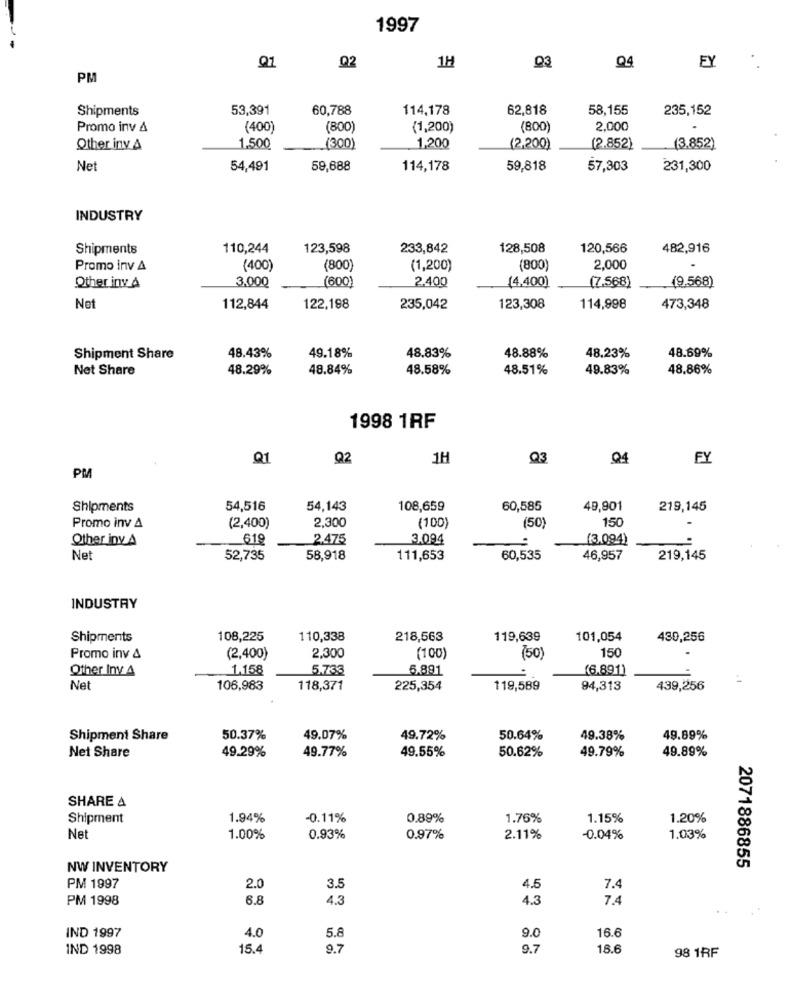
1997
.
Q1
Q2
1H
03
Q4
EY
PM
Shipments
53,391
60,788
114,178
62,818
58,155
235,152
Promo inv 4
(400)
(800)
(1,200)
(800)
2,000
Other inv &
1.500
(300)
1,200
(2,200)
(2.852)
(3.852)
Net
54,491
59,688
114,178
59,818
57,303
231,300
INDUSTRY
Shipments
110,244
123,598
233,842
128,508
120,566
482,916
Promo inv A
(400)
(800)
(1,200)
(800)
2,000
3,000
2.400
(4.400)
(7.568)
Other inv 4
(600)
(9.568)
Net
112,844
122,198
235,042
123,308
114,998
473,348
48.43%
49.18%
48.83%
48.88%
48.69%
Shipment Share
48.23%
Net Share
48.29%
48.84%
48.58%
48.51%
49.83%
48.86%
1998 1RF
Q1
Q2
1H
Q3
Q4
FY
PM
Shipments
54,516
54,143
108,659
60,585
49,901
219,145
2,300
(50)
150
-
Promo inv A
(2,400)
(100)
Other inv A
619
2.475
3.094
(3,094)
Ne
52,735
58,918
111,653
60,535
46,957
219,145
INDUSTRY
Shipments
108,225
110,338
218,563
119,639
101,054
430,256
150
Promo inv &
(2,400)
2,300
(100)
(50)
Other Inv 4
1.158
5.733
6.891
(6.891)
Net
106,983
118,371
225,354
119,589
94,313
439,256
Shipment Share
50.37%
49.07%
49.72%
50.64%
49.38%
49.89%
Net Share
49.29%
49.77%
49.55%
50.62%
49.79%
49.89%
SHARE A
Shipment
1.94%
-0.11%
0.89%
1.76%
1.15%
1.20%
Ne
1.00%
0.93%
0.97%
2.11%
-0.04%
1.03%
NW INVENTORY
2071886855
PM 1997
2.0
3.5
4.5
7.4
PM 1998
6.8
4.3
4.3
7.4
IND 1997
5.8
9.0
16.6
4.0
IND 1998
15.4
9.7
9.7
18.6
98 1RF